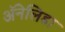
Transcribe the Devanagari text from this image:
ॲनेलिडा